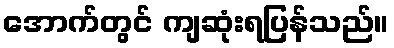
အောက်တွင် ကျဆုံးရပြန်သည်။